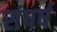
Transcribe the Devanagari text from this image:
संषर्ष